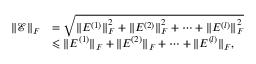
\begin{array} { r l } { \Vert \mathcal { E } \Vert _ { F } } & { = \sqrt { { \Vert E ^ { ( 1 ) } \Vert } _ { F } ^ { 2 } + { \Vert E ^ { ( 2 ) } \Vert } _ { F } ^ { 2 } + \dots + { \Vert E ^ { ( l ) } \Vert } _ { F } ^ { 2 } } } \\ & { \leqslant \Vert E ^ { ( 1 ) } \Vert _ { F } + \Vert E ^ { ( 2 ) } \Vert _ { F } + \cdots + \Vert E ^ { ( l ) } \Vert _ { F } , } \end{array}